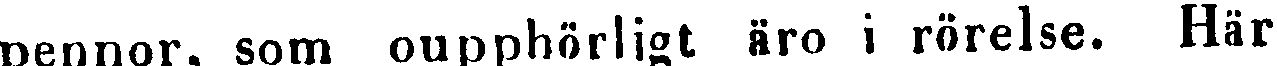
pennor, som oupphörligt äro i rörelse. Här